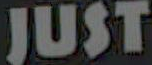
JUST